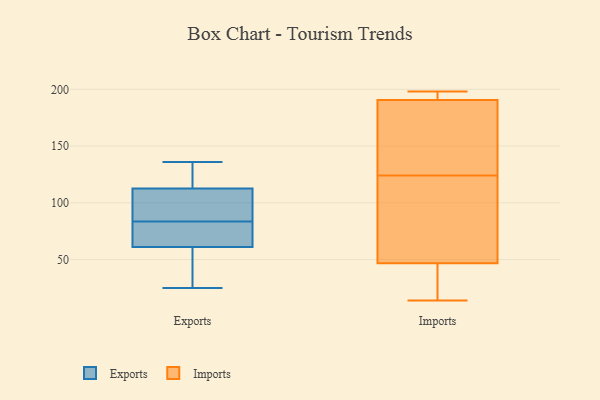
{"axis": {"x": "Bounce Rate (%)", "y": "Value"}, "legend": ["Exports", "Imports"], "data": [{"x": "", "y": 113, "type": "Exports"}, {"x": "", "y": 136, "type": "Exports"}, {"x": "", "y": 106, "type": "Exports"}, {"x": "", "y": 57, "type": "Exports"}, {"x": "", "y": 93, "type": "Exports"}, {"x": "", "y": 71, "type": "Exports"}, {"x": "", "y": 51, "type": "Exports"}, {"x": "", "y": 25, "type": "Exports"}, {"x": "", "y": 118, "type": "Exports"}, {"x": "", "y": 112, "type": "Exports"}, {"x": "", "y": 74, "type": "Exports"}, {"x": "", "y": 65, "type": "Exports"}, {"x": "", "y": 198, "type": "Imports"}, {"x": "", "y": 171, "type": "Imports"}, {"x": "", "y": 43, "type": "Imports"}, {"x": "", "y": 48, "type": "Imports"}, {"x": "", "y": 198, "type": "Imports"}, {"x": "", "y": 124, "type": "Imports"}, {"x": "", "y": 160, "type": "Imports"}, {"x": "", "y": 14, "type": "Imports"}, {"x": "", "y": 20, "type": "Imports"}, {"x": "", "y": 78, "type": "Imports"}, {"x": "", "y": 106, "type": "Imports"}, {"x": "", "y": 195, "type": "Imports"}, {"x": "", "y": 189, "type": "Imports"}]}